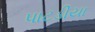
પાટડીયા